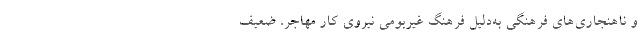
و ناهنجاری‌های فرهنگی به‌دلیل فرهنگ غیربومی نیروی کار مهاجر، ضعیف